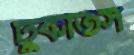
ঢুকতিস